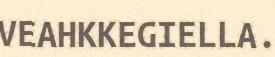
VEAHKKEGIELLA.